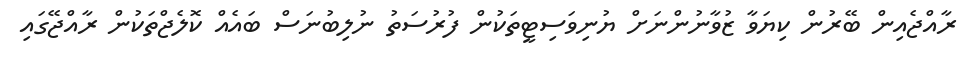
ރާއްޖެއިން ބޭރުން ކިޔަވާ ޒުވާނުންނަށް ޔުނިވަސިޓީތަކުން ފުރުސަތު ނުލިބުނަސް ބައެއް ކޮލެޖްތަކުން ރާއްޖޭގައި